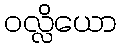
ဝလ္လိယော